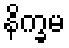
နိက္ခမ